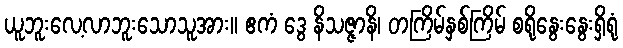
ယူဘူးလေ့လာဘူးသောသူအား။ ဧကံ ဒွေ နိသဇ္ဇာနိ၊ တကြိမ်နှစ်ကြိမ် စရိုနွေးနွေးရှိရုံ